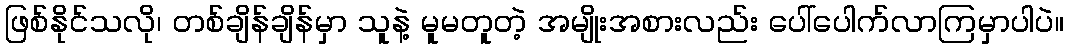
ဖြစ်နိုင်သလို၊ တစ်ချိန်ချိန်မှာ သူနဲ့ မူမတူတဲ့ အမျိုးအစားလည်း ပေါ်ပေါက်လာကြမှာပါပဲ။